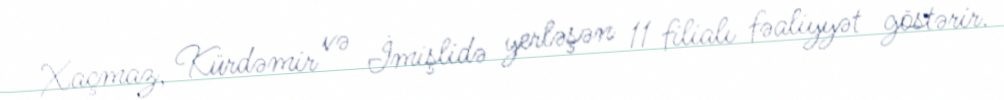
Xaçmaz, Kürdəmir və İmişlidə yerləşən 11 filialı fəaliyyət göstərir.